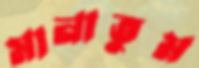
মানাতুম